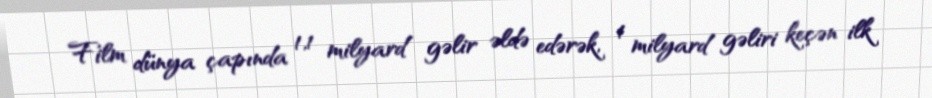
Film dünya çapında 1,1 milyard gəlir əldə edərək, 1 milyard gəliri keçən ilk